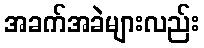
အခက်အခဲများလည်း